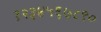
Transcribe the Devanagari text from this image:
१२३४५६७८९०